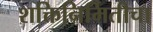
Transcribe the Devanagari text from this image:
शक्तिनिर्मितीचा